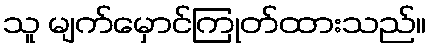
သူ မျက်မှောင်ကြုတ်ထားသည်။